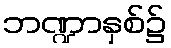
ဘဏ္ဍာနှစ်၌